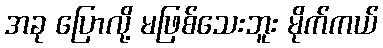
အခု ပြောလို့ မဖြစ်သေးဘူး မိုက်ကယ်